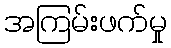
အကြမ်းဖက်မှု